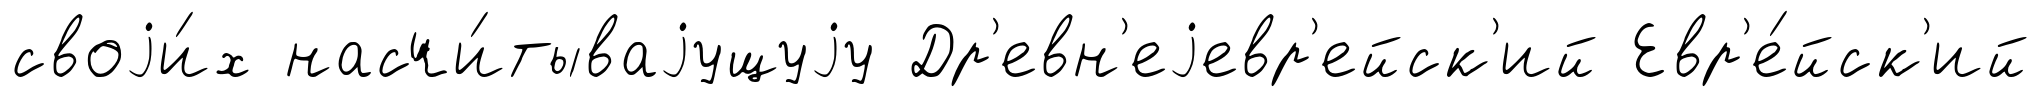
своjи́х насчи́тываjущуjу Др'евн'еjевр'ейск'ий Евр'е́йск'ий